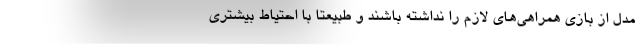
مدل از بازی همراهی‌های لازم را نداشته باشند و طبیعتا با احتیاط بیشتری